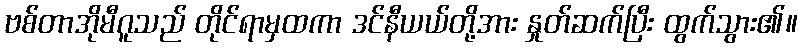
ဗစ်တာအိုမီဂူသည် တိုင်ရာမှထကာ ဒင်နီယယ်တို့အား နှုတ်ဆက်ပြီး ထွက်သွား၏။